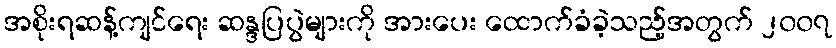
အစိုးရဆန့်ကျင်ရေး ဆန္ဒပြပွဲများကို အားပေး ထောက်ခံခဲ့သည့်အတွက် ၂၀၀၇